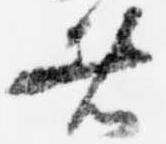
者